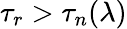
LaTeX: \tau_{r}>\tau_{n}(\lambda)